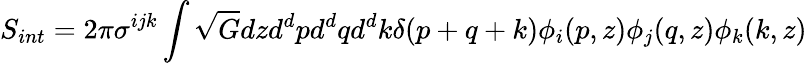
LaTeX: S_{int}=2\pi\sigma^{ijk}\int\sqrt{G}dzd^{d}pd^{d}qd^{d}k\delta(p+q+k)\phi_{i}(p,z)\phi_{j}(q,z)\phi_{k}(k,z)